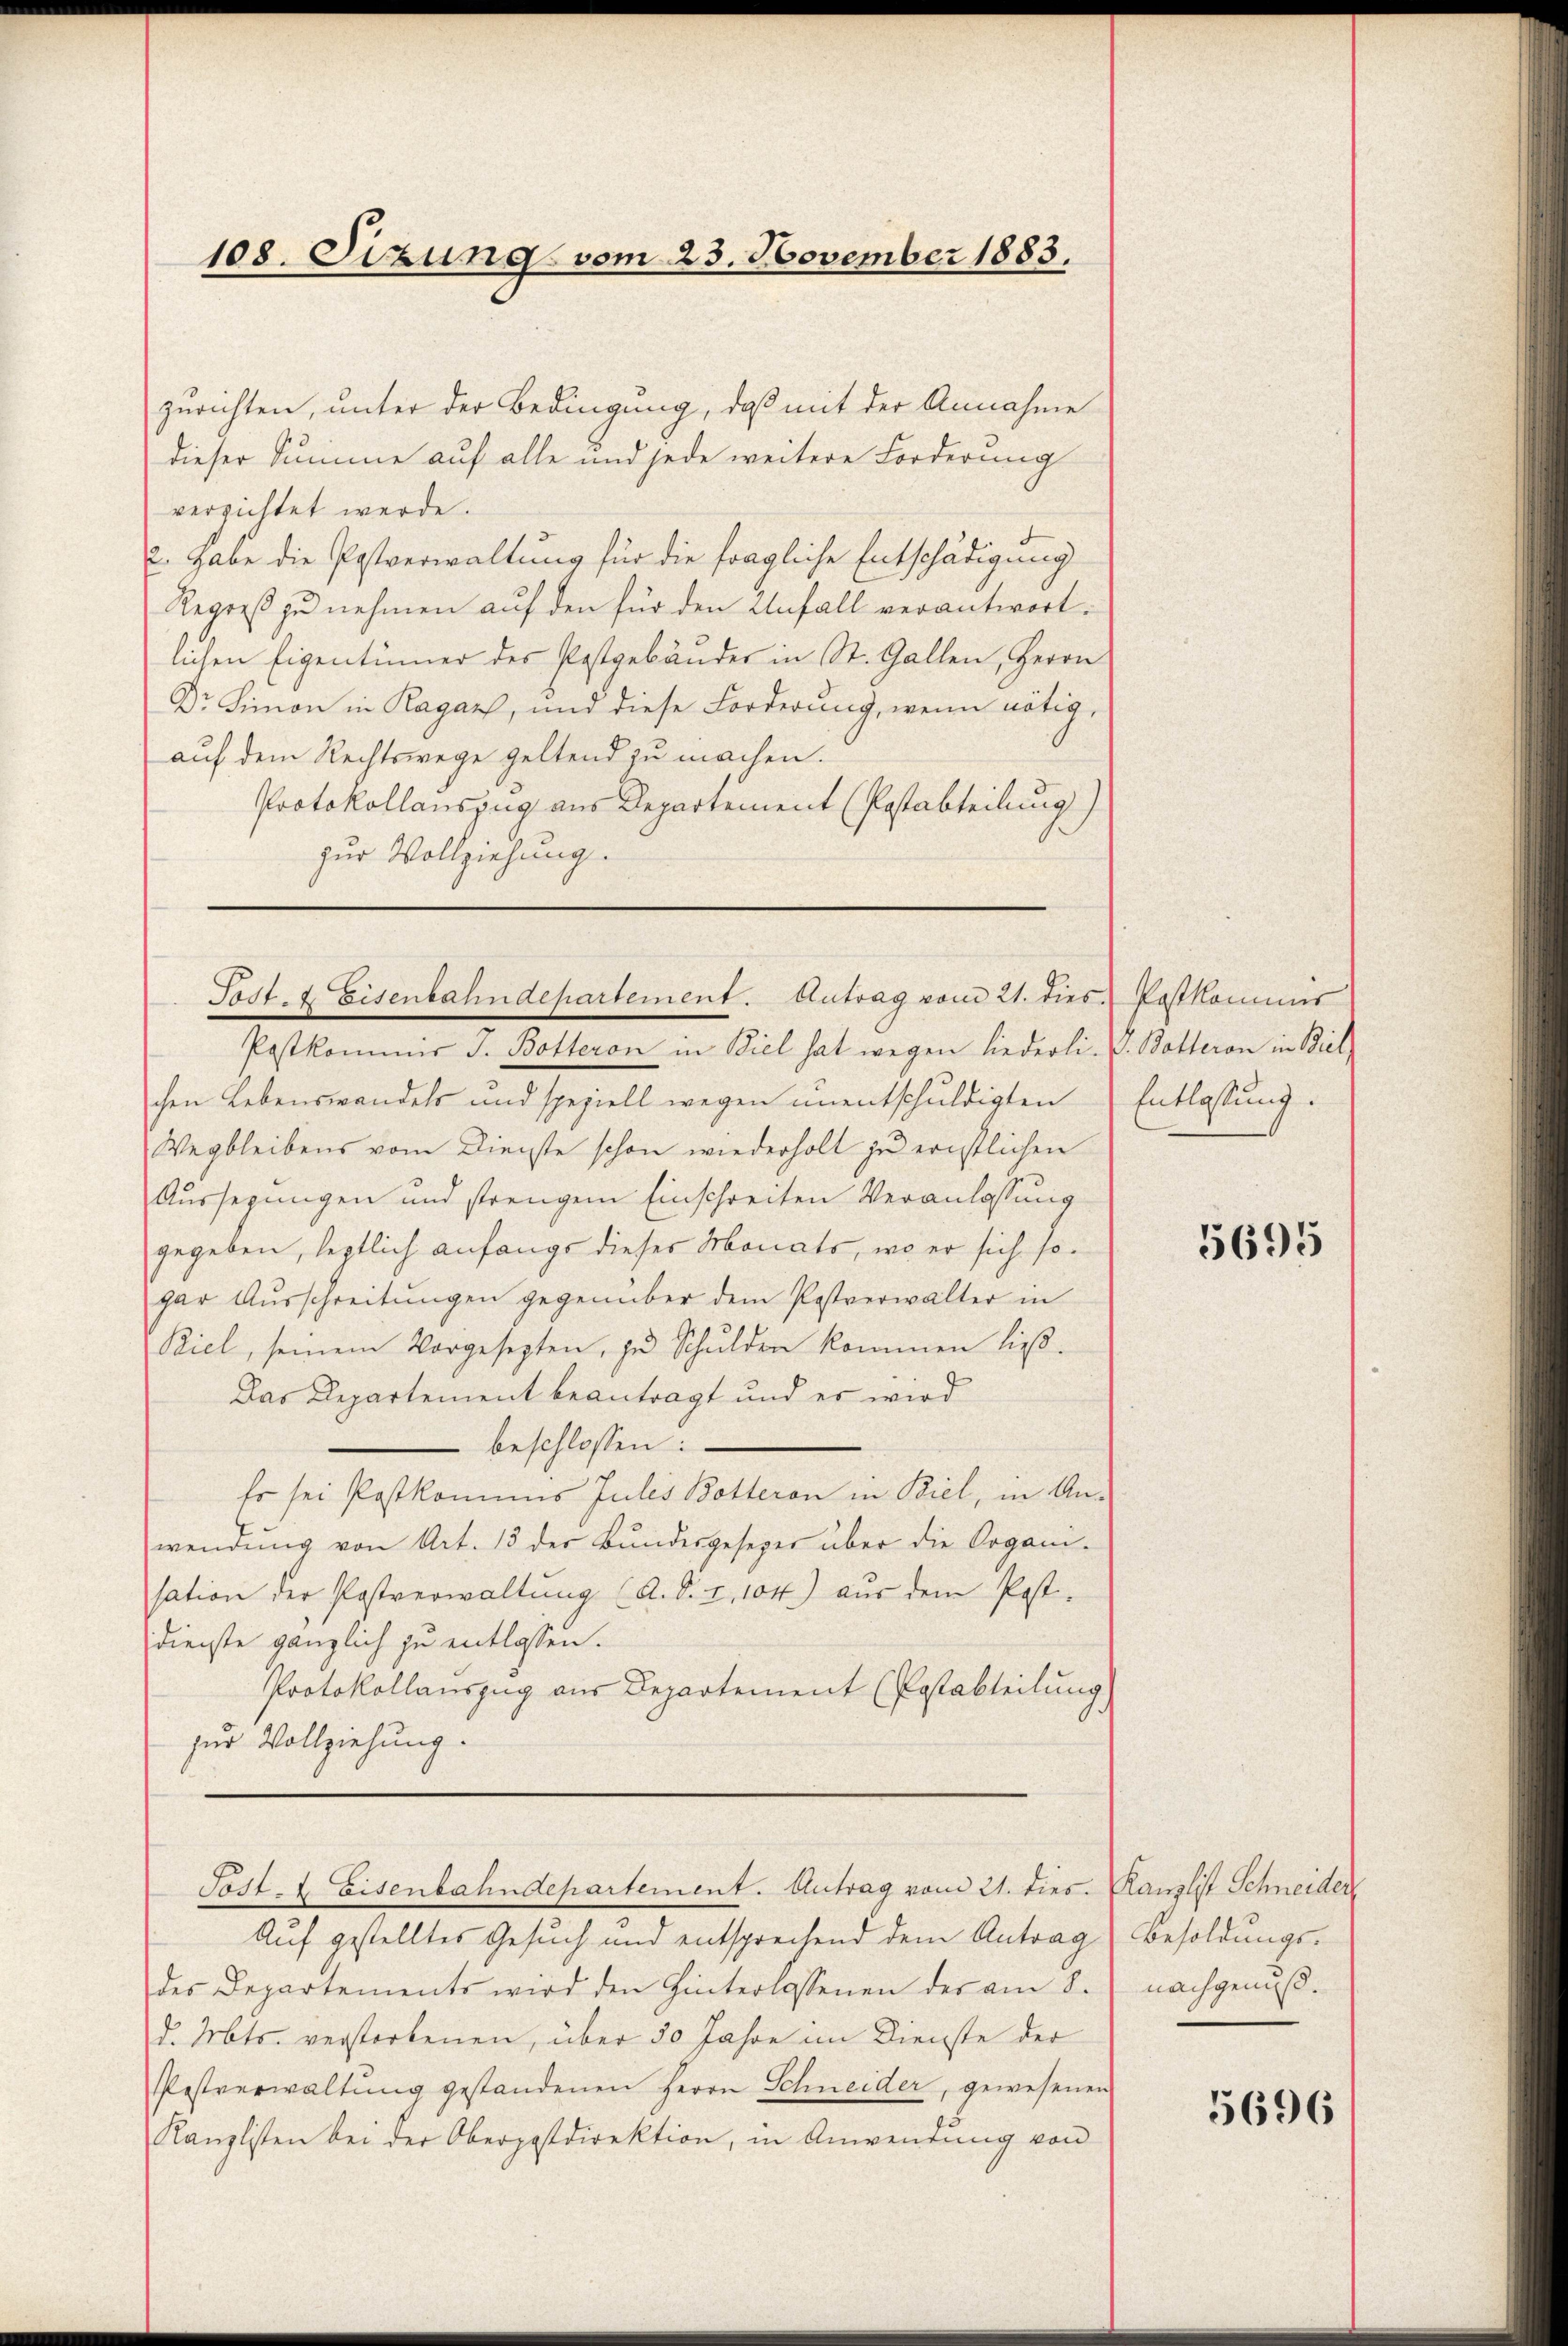
108. Sizung vom 23. November 1883.

zurichten, unter der Bedingung, daß mit der Annahme
dieser Summe auf alle und jede weitere Forderung
verzichtet werde.
2. habe die Postverwaltung für die fragliche Entschädigung
Regreß zu nehmen auf den für den Anfall verantwortlichen Eigentümer des Postgebäuder in St. Gallen, Herrn
Dr. Limon in Ragan, und diese Forderung, wenn nötig,
auf dem Rechtswege geltend zu machen.
Protokollauszug aus Departement (Postabteilung)
zur Vollziehung.

Post- & Eisenbahndepartement. Antrag vom 21. dies Postkommis
Postkommis J. Botteron in Biel hat wegen liederli. V. Botteron in Biel

chen Lebenswandels und speziell wegen unentschuldigten
Wegbleibens vom Dienste schon wiederholt zŭ ernstlichen
Aussegungen und strengem Einschreiten Veranlassung
gegeben, leztlich anfangs dieser Monats, wo er sich sogar Aŭsschreitŭngen gegenüber dem Postverwalter in
Biel, seinem Vorgesezten, zu Schulden kommen ließ.
Das Departement beantragt und es wird
beschlossen:
Es sei Postkomis Julis Botteron in Biel, in An-
wendŭng von Art. 13 der Bŭndesgesezer über die Organi-
sation der Postverwaltŭng (A. S. 2, 104) aŭs dem Post-
dienste gänzlich zu entlassen.
Protokollauszug aus Departement (Postabteilung
zur Vollziehung.

Post- & Eisenbahndepartement. Antrag vom 21. dies. Kanzlist Schneider

Entlassung.

Auf gestelltes Gesuch und entsprechend dem Antrag Besoldŭngs-
des Departements wird den Hinterlassenen des am 8.
d. Mts. verstorbenen, über 50 Jahre im Dienste der
Pestverwaltung gestandenen Herrn Schneider, gewesenen
Kanzlisten bei der Oberpostdirektion, in Anwendung von

5695

nachgenuß.

5696